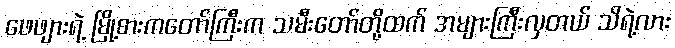
ဖေဖျားရဲ့ မြို့စားကတော်ကြီးက သမီးတော်တို့ထက် အများကြီးလှတယ် သိရဲ့လား